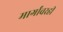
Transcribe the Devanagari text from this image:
मार्गांवरही